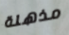
مذهلة